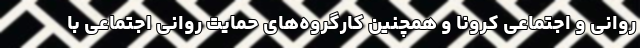
روانی و اجتماعی کرونا و همچنین کارگروه‌های حمایت روانی اجتماعی با